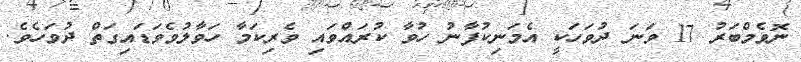
ނޮވެމްބަރު 17 ވަނަ ދުވަހަކީ އެމަނިކުފާނު ހުވާ ކުރައްވައި ވެރިކަމާ ހަވާލުވެވަޑައިގަތް ދުވަހެވެ.